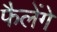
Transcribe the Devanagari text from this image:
फैलेंगे